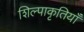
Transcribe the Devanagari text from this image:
शिल्पाकृतियाँ